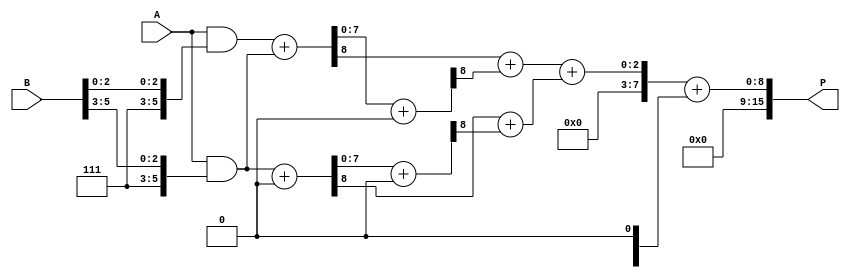
module higher_radix_wallace_tree_multiplier #(parameter N = 8) (
    input [N-1:0] A,       // Multiplicand
    input [N-1:0] B,       // Multiplier
    output reg [2*N-1:0] P // Product
);

    // Generate partial products (radix-8, 3 bits per group)
    wire [N-1:0] pp[0:7]; // partial products

    genvar i;
    generate
        for (i = 0; i < N/3; i = i + 1) begin: pp_gen
            assign pp[i] = A & {3'b111, B[3*i +: 3]};
        end
    endgenerate

    wire [2*N-1:0] sum_stage1[0:7]; // first stage sums

    // First stage reduction (using Wallace tree structure)
    generate
        for (i = 0; i < N/3; i = i + 1) begin: reduction_stage1
            wire [N-1:0] p0, p1, p2;
            assign p0 = pp[i];
            assign p1 = (i + 1 < N/3) ? pp[i + 1] : 0;
            assign p2 = (i + 2 < N/3) ? pp[i + 2] : 0;
            
            // Sum using a carry-save approach
            wire [N-1:0] sum1, carry1;
            wire [N-1:0] sum2, carry2;

            // First level adders (half and full adders)
            assign {carry1, sum1} = p0 + p1;
            assign {carry2, sum2} = sum1 + p2;

            assign sum_stage1[i] = carry1 + carry2;
        end
    endgenerate

    // Second stage reduction
    wire [N-1:0] stage2_sum[0:3];
    generate
        for (i = 0; i < (N/3)/2; i = i + 1) begin: stage2_reduction
            assign stage2_sum[i] = sum_stage1[2*i] + sum_stage1[2*i + 1];
        end
    endgenerate

    // Final addition
    reg [2*N-1:0] final_sum;
    always @(*) begin
        final_sum = stage2_sum[0] + stage2_sum[1];
        P = final_sum; // Assign final product
    end

endmodule